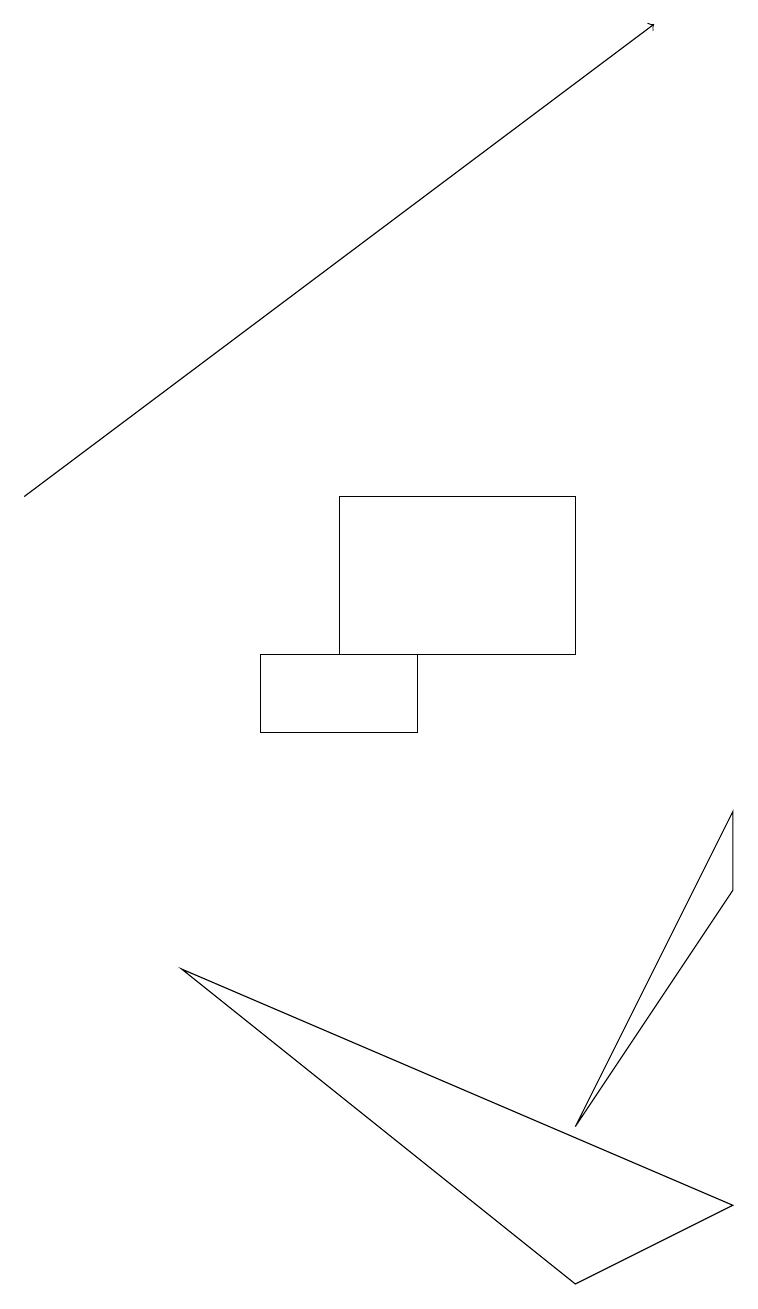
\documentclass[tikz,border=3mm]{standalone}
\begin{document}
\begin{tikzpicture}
\draw (4,11) rectangle (7,13);
\draw (9,9) -- (7,5) -- (9,8) -- cycle;
\draw[->] (0,13) -- (8,19);
\draw (7,3) -- (9,4) -- (2,7) -- cycle;
\draw (5,10) rectangle (3,11);
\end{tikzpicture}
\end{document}